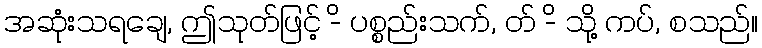
အဆုံးသရချေ, ဤသုတ်ဖြင့် -ိ ပစ္စည်းသက်, တ် -ိ သို့ ကပ်, စသည်။